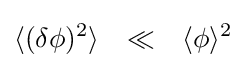
\displaystyle {\mathcal {\langle }}(\delta \phi )^{2}\rangle \quad {\ll }\quad \langle \phi \rangle ^{2}